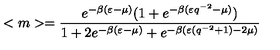
< m > = \frac { e ^ { - \beta ( \varepsilon - \mu ) } ( 1 + e ^ { - \beta ( \varepsilon q ^ { - 2 } - \mu ) } ) } { 1 + 2 e ^ { - \beta ( \varepsilon - \mu ) } + e ^ { - \beta ( \varepsilon ( q ^ { - 2 } + 1 ) - 2 \mu ) } }